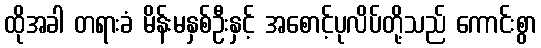
ထိုအခါ တရားခံ မိန်းမနှစ်ဦးနှင့် အစောင့်ပုလိပ်တို့သည် ကောင်းစွာ